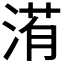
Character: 𣹀